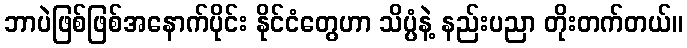
ဘာပဲဖြစ်ဖြစ်အနောက်ပိုင်း နိုင်ငံတွေဟာ သိပ္ပံနဲ့ နည်းပညာ တိုးတက်တယ်။